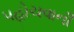
પહોચવાની